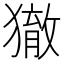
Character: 𤢉